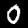
Label: 0